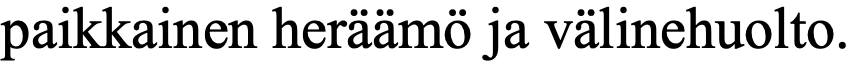
paikkainen heräämö ja välinehuolto.